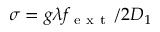
\sigma = g \lambda f _ { \mathrm { ~ e ~ x ~ t ~ } } / 2 D _ { 1 }